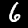
Digit: 6